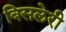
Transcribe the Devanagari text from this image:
बिसलेरी